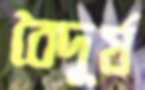
বৈদূর্য